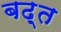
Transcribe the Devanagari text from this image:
बढ़्त